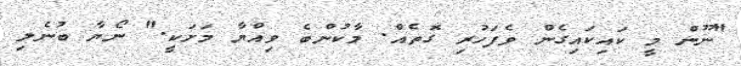
"ނޫން މީ ކައިކައިގެން ވެފަހުރި ގޮތެއް. މާކުންބެ ވިއްޔާ މަށަކީ." ނޯޔާ ބުނެލި